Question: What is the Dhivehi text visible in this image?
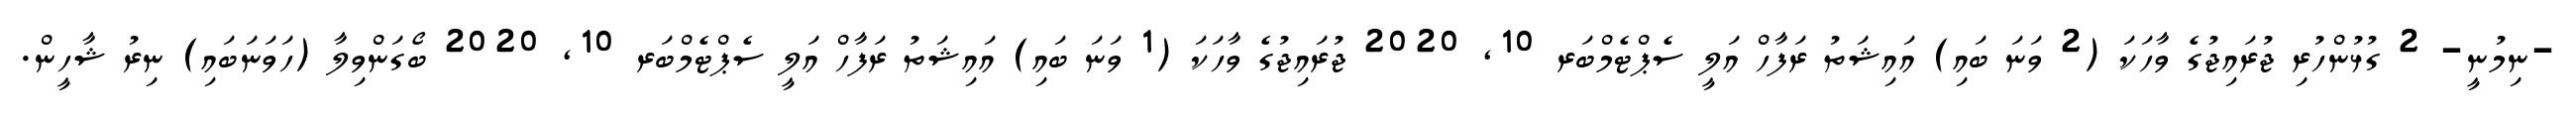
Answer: -ނިމުނީ- 2 ގުޅުންހުރި ޖުރައިޖުގެ ވާހަކަ (2 ވަނަ ބައި) އައިޝަތު ރަފާހް އަލީ ސެޕްޓެމްބަރ 10, 2020 ޖުރައިޖުގެ ވާހަކަ (1 ވަނަ ބައި) އައިޝަތު ރަފާހް އަލީ ސެޕްޓެމްބަރ 10, 2020 ބޯގަންވިލާ (ހަވަނަބައި) ނިރު ޝާހީން.